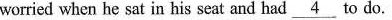
worried when he sat in his seat and had \underline{4} to do.